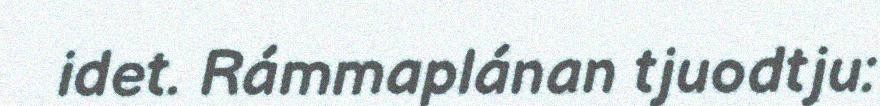
idet. Rámmaplánan tjuodtju: